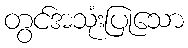
တွင်အသုံးပြုသော